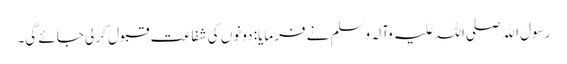
رسول اﷲ صلی اللہ علیہ وآلہ وسلم نے فرمایا: دونوں کی شفاعت قبول کر لی جائے گی۔